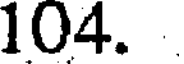
104.